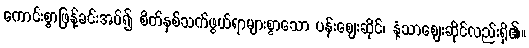
ကောင်းစွာဖြန့်ခင်းအပ်၍ စိတ်နှစ်သက်ဖွယ်ရာများစွာသော ပန်းဈေးဆိုင်၊ နံ့သာဈေးဆိုင်လည်းရှိ၏။